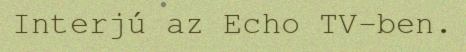
Interjú az Echo TV-ben.